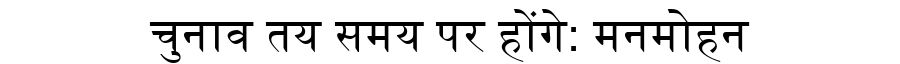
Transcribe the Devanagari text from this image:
चुनाव तय समय पर होंगे: मनमोहन